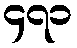
၄၇၁